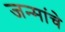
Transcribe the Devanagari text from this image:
जन्मांचे